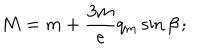
LaTeX: M = m + \frac { 3 m } { e } q _ { m } \sin \beta \, ;